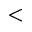
\textbf { < }